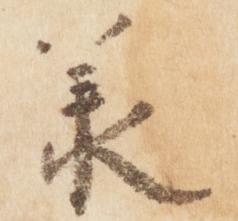
承